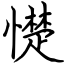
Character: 憷